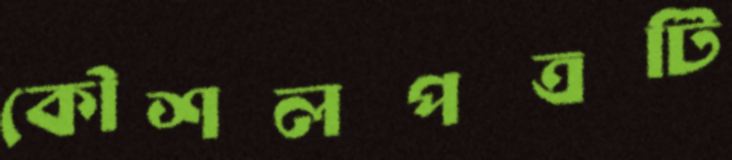
কৌশলপত্রটি